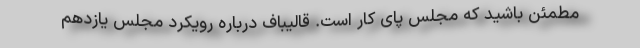
مطمئن باشید که مجلس پای کار است. قالیباف درباره رویکرد مجلس یازدهم